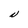
Character: N